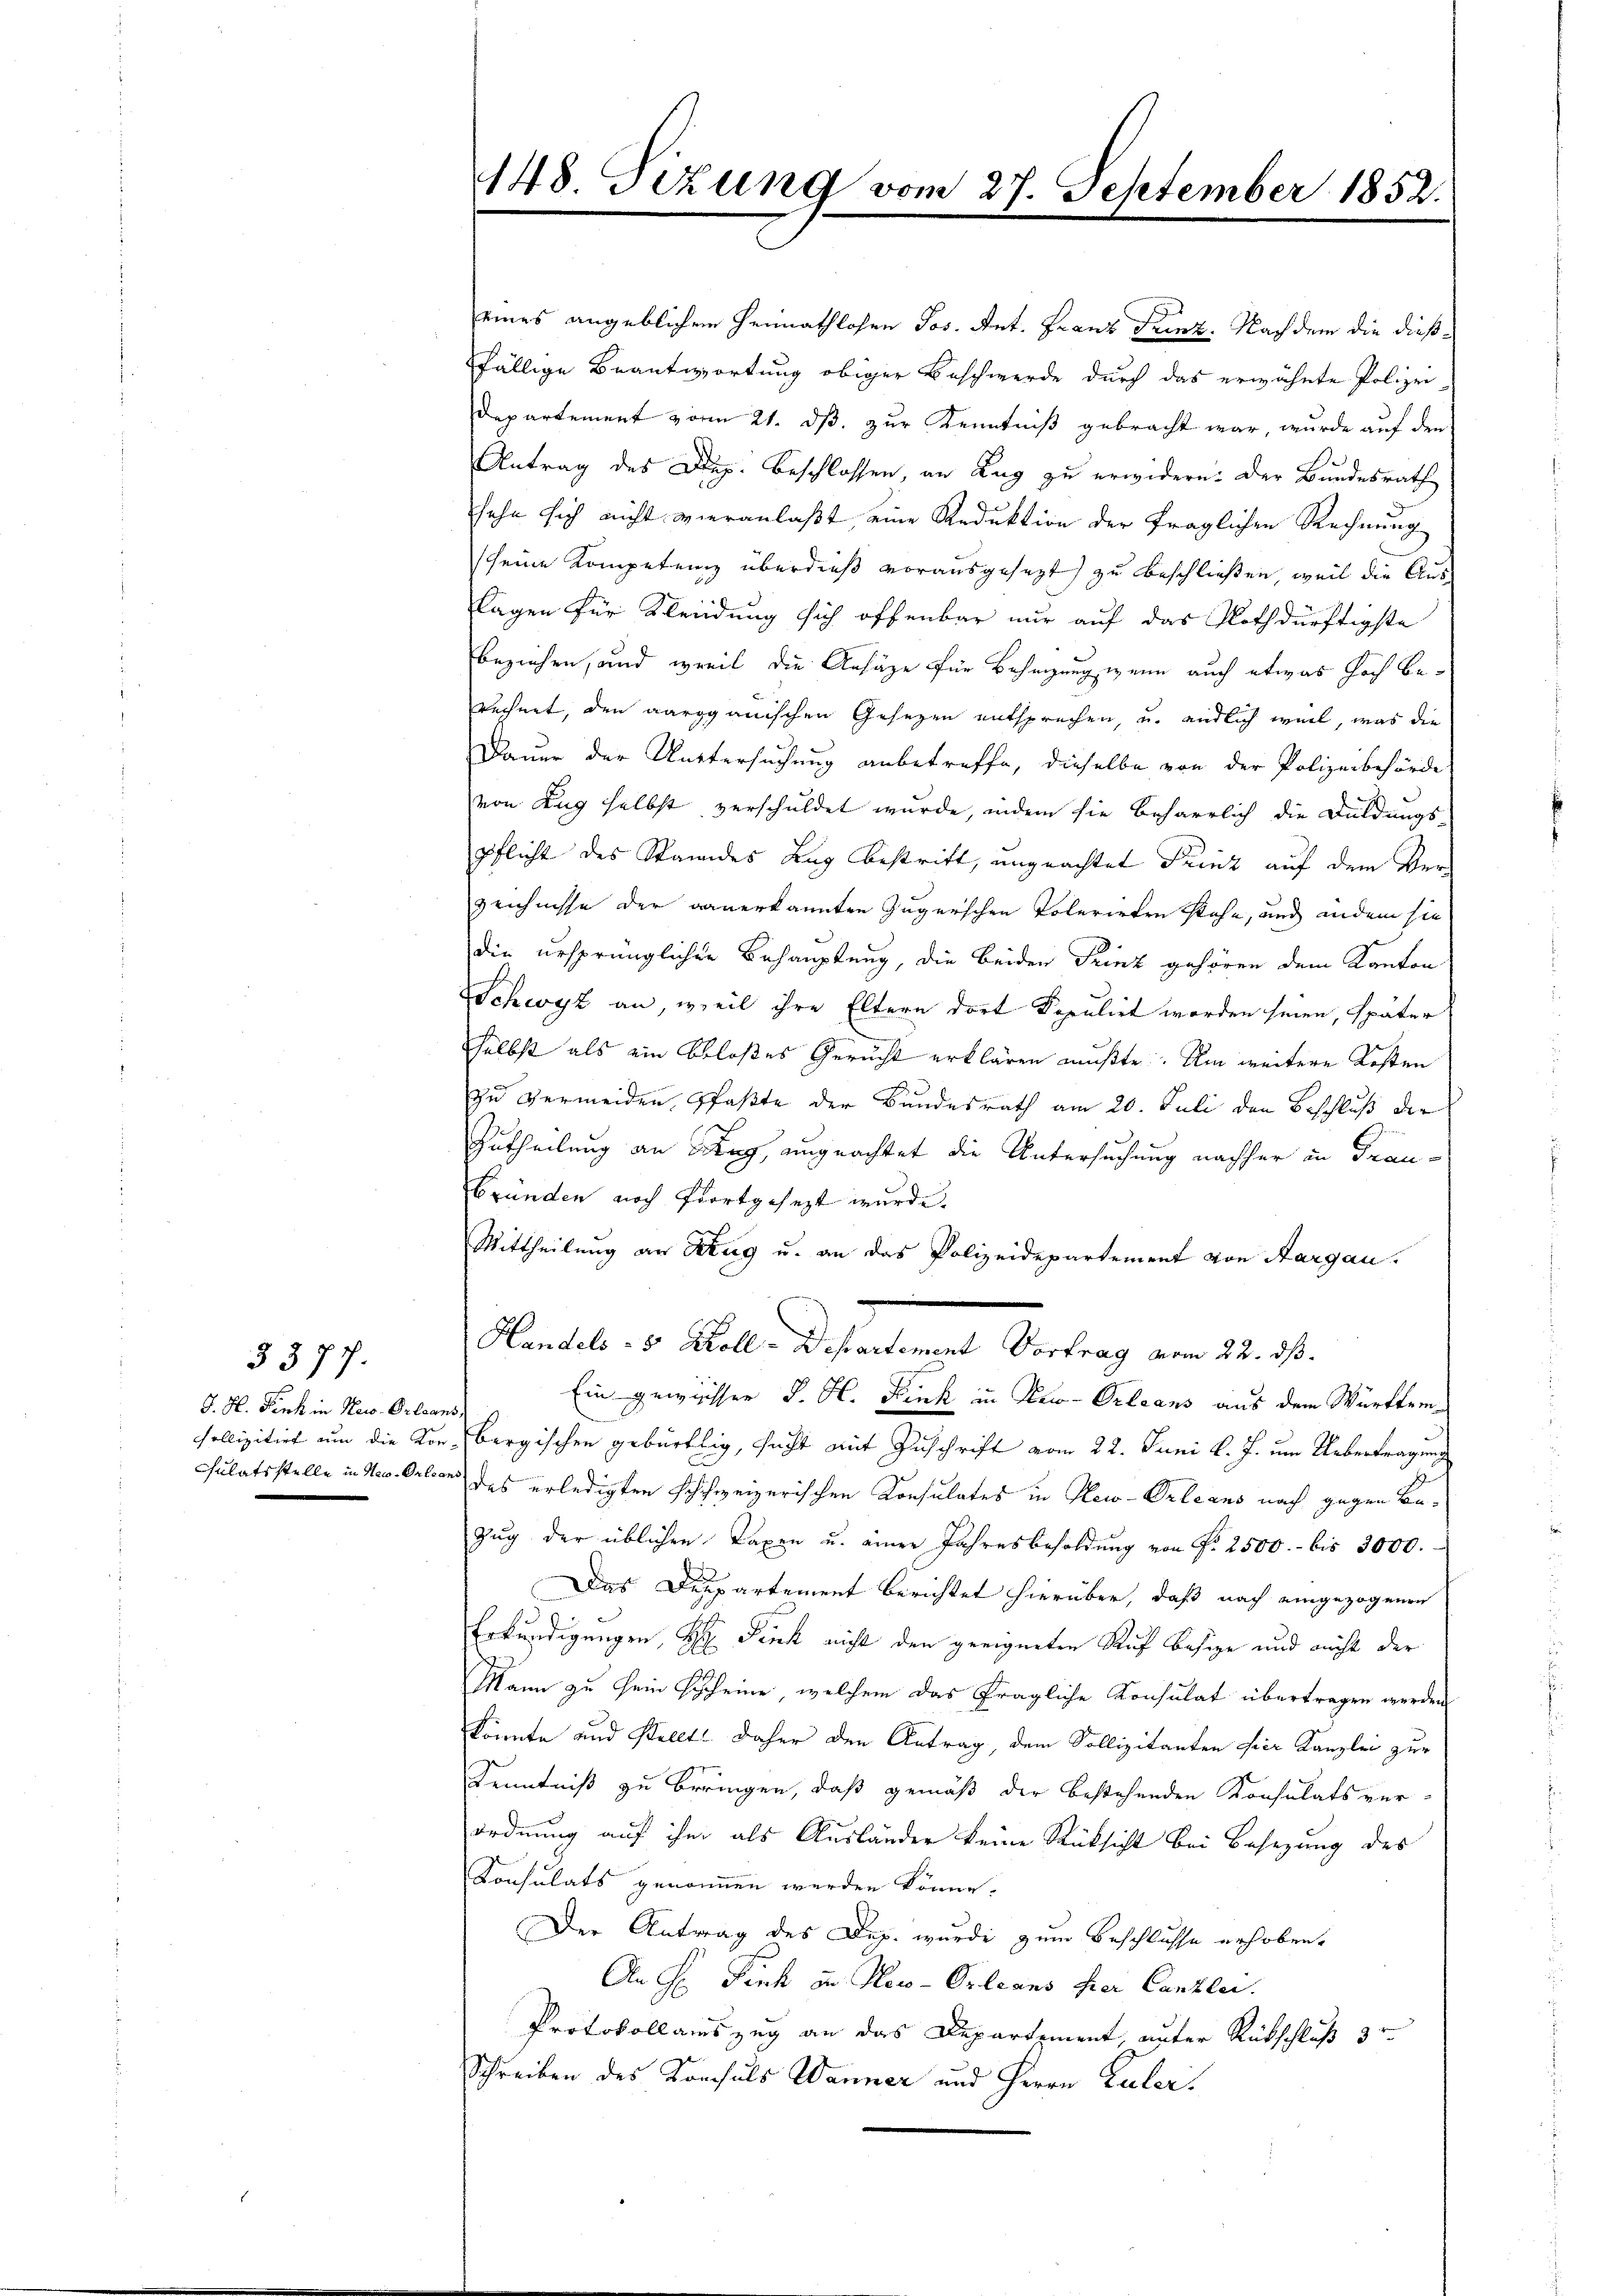
J. H. Fink in New-Orleans,

3377.

eines angeblichen Heimathlosen Jos. Ant. Franz Franz. Nachdem die dießfällige Beantwortung obiger Beschwerde durch das erwähnte Polizei¬
Departement vom 21. dß. zur Kenntniß gebracht war, wurde auf den
Antrag des Dep. Beschlossen, an Zug zu erwidern: Der Bundesrath
sehe sich nicht vieranlaßt, eine Reduktion der fraglichen Rechnung
(seine Kompetenz überdieß vorausgesezt zu beschließen, weil die Aus-
lagen für Kleidung sich offenbar nur auf das Nothdürftigste
beziehen, und weil die Ansäge für Beheizung wenn auch etwas hoch berechnet, den aarganischen Gesezen entsprechen, u. endlich weil, was die
Dauer der Muttersuchung anbetreffe, dieselbe von der Polizeibehörde
von Zug selbst verschuldet wurde, indem sie beharrlich die Duldungs-
pflicht des Standes Zug bestritt, ungeachtet Friz auf dem Verzeichnisse der danerkannten Zugerschen Tolerirten stehe, und andem sie
die ursprünglichen Behauptung, die beiden Prinz gehören dem Kanton
Schwyz an, weil ihre Eltern dort Depulirt worden seien, später
selbst als ein beloses Gerucht erklären mußte. Um weitere Kosten
zu Vermeiden, pfaßte der Bundesrath am 20. Juli den Beschluß der
Zutheilung an Weg, ungeachtet die Untersuchung nachher in Frau¬
Gründen noch fortgesezt wurde.
Mittheilung an Krug u. an das Polizeidepartement von Aargau.
Handels - 5 Zoll-Departement Vortrag vom 22. ds.
Ein gewisser K. H. Fink in Pro- Orleans aus dem Württemsollizitirt um die Vorbergischen gebürtig, sucht mit Zuschrift vom 22. Juni l. J. um Uebertragung
Culatsstelle in der Orten des erledigten schweizerischen Konsulates in New-Orleans nach gegen Be¬
Zug der üblichen Taxen u. einer Jahresbesoldung von Nr. 2500.- bis 3000.
Das Departement berichtet hierüber, daß nach eingezogenen
Erkundigungen, H. Fink nicht den geeigneten Ruf besitze und nicht der
Mann zu sein Gescheine welchem das fragliche Konsulat übertragen werden
könnte und stellt. Daher den Antrag, dem Sollizitanten hier Kanzlei zur
Kenntniß zu bringen, daß gemäß der bestehenden Konsulats ver-
ordnung auf ihm als Ausländer keine Rücksicht bei Besetzung des
Konsulats genommen werden könne.
Der Antrag des Dup. wurde zum Beschlusse erhoben.
An Hr. Fink in New-Orleans hier Canzlei.
Protokollauszug an das Departement, unter Rückschluß dr
Schreiben des Konsuls Wanner und Herrn Paler.

448. Sizung vom 27. September 1852.